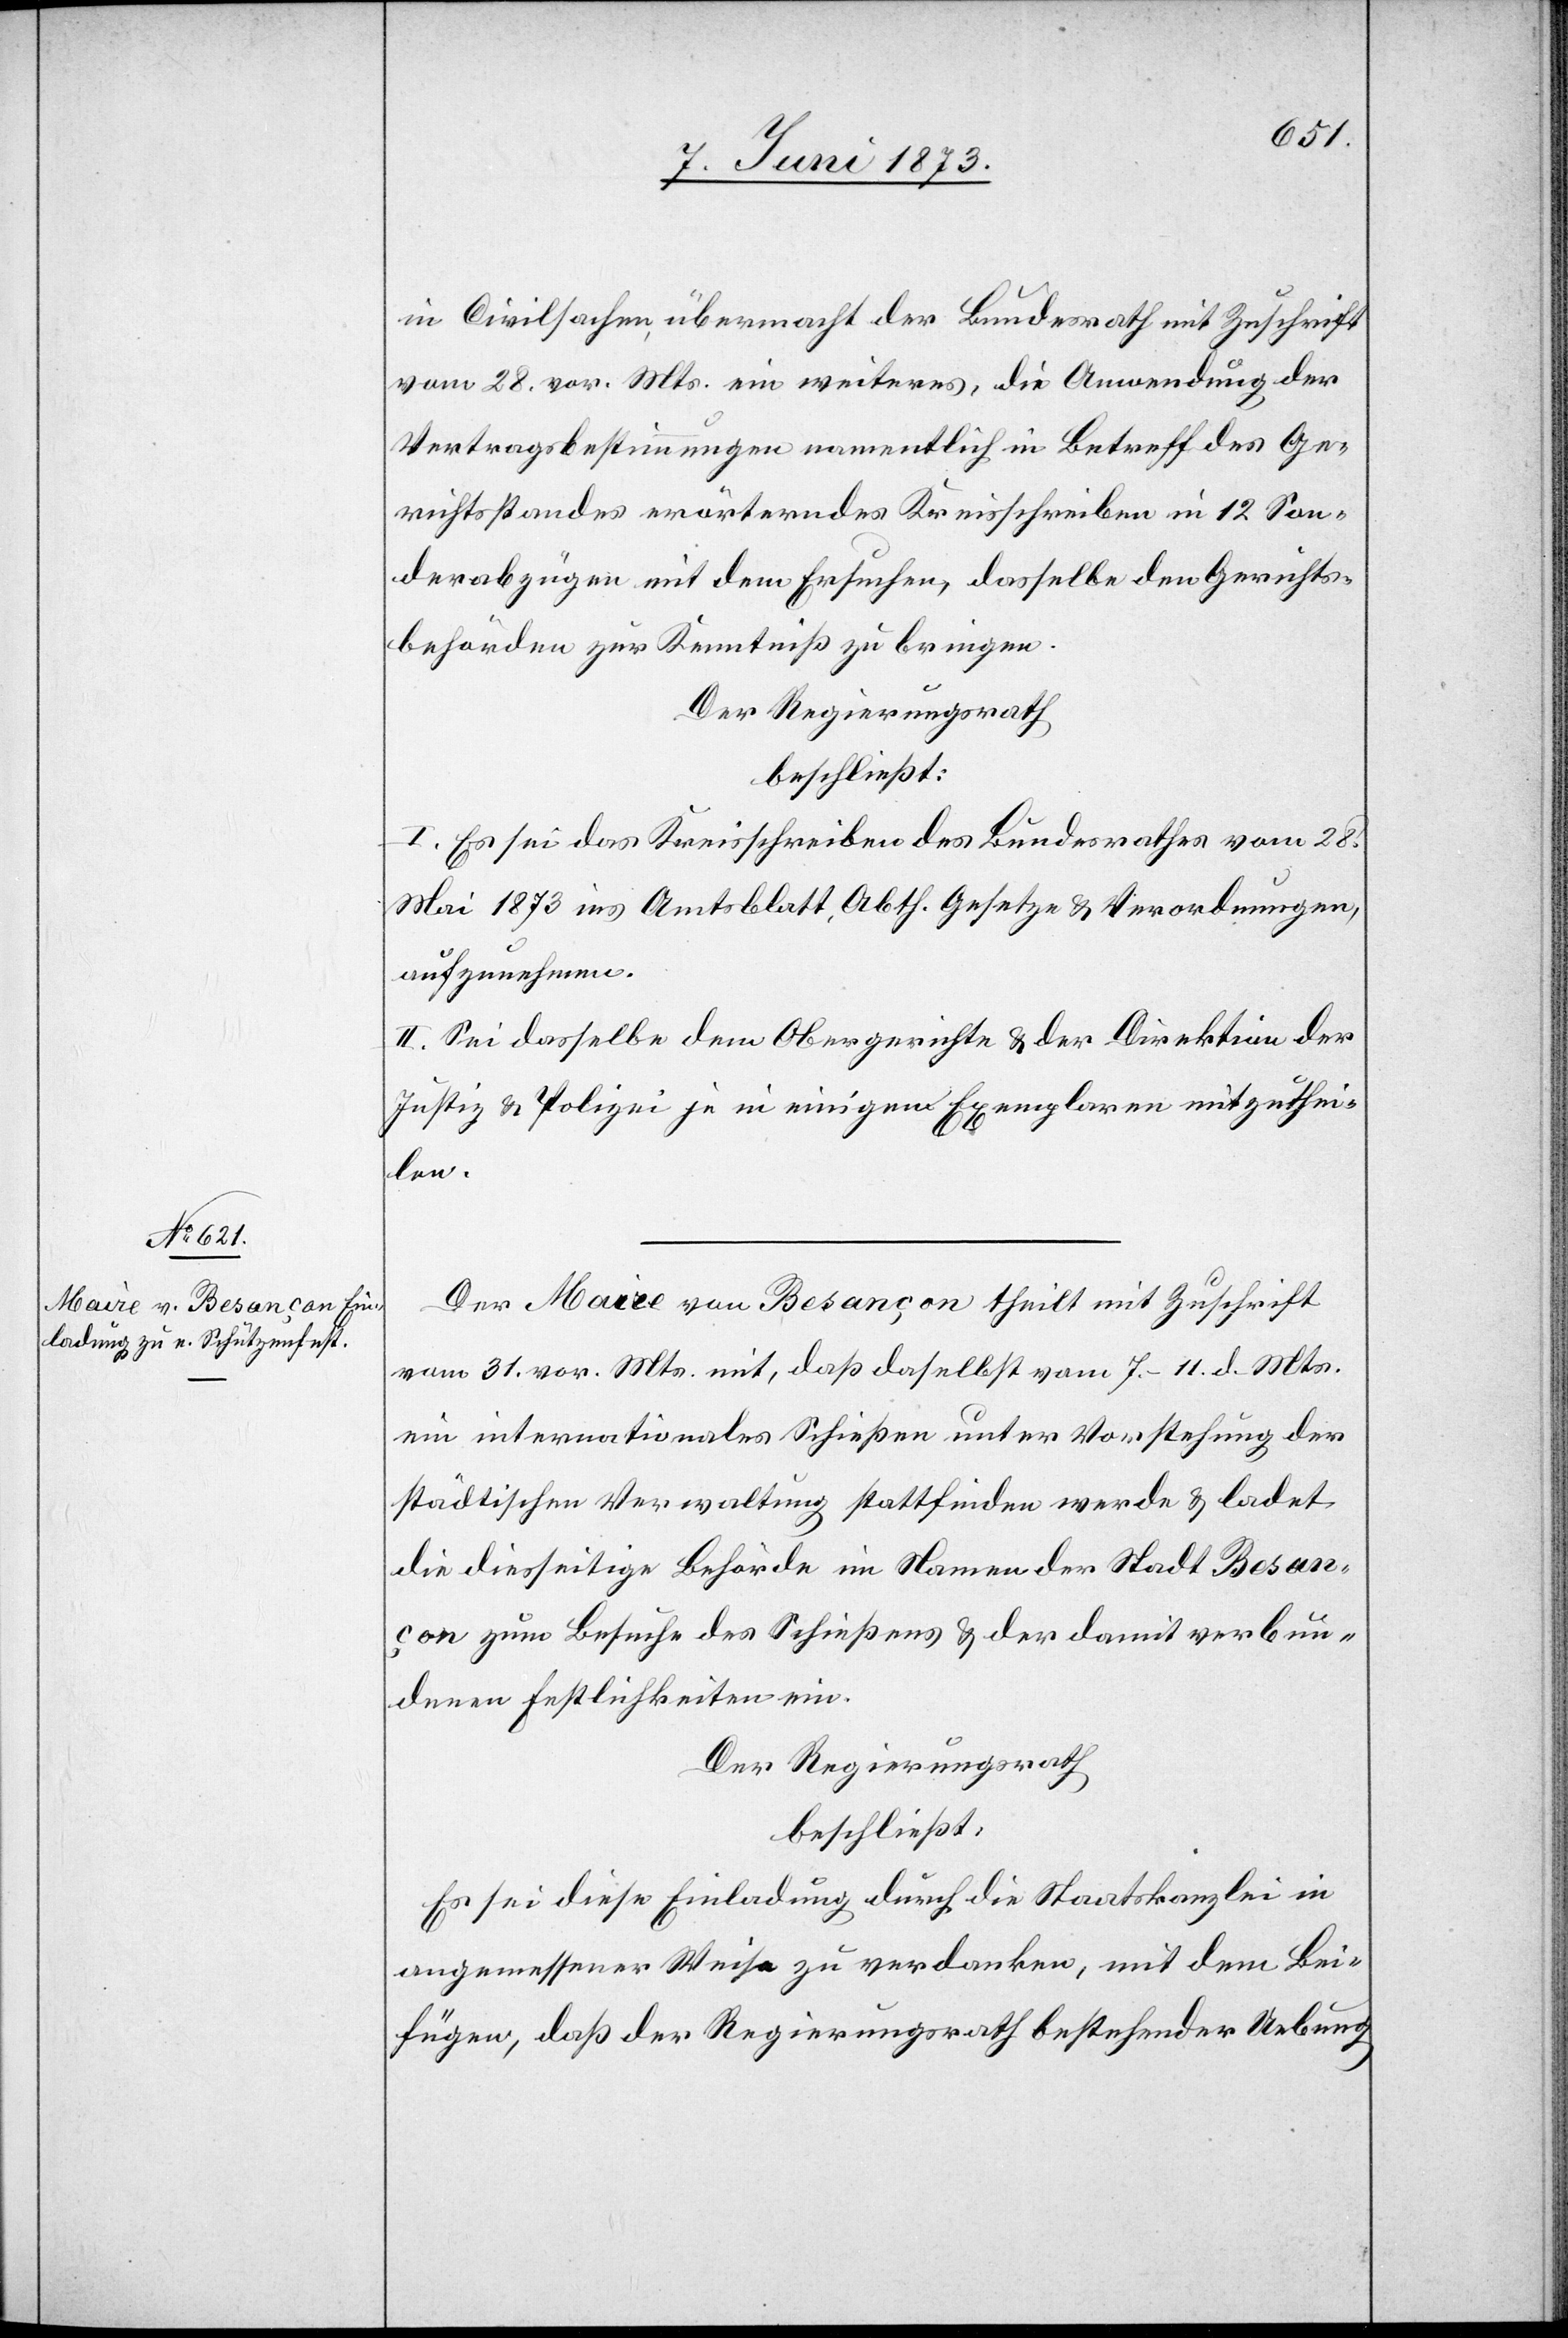
in Civilsachen, übermacht der Bundesrath mit Zuschrift
vom 28. vor. Mts. ein weiteres, die Anwendung der
Vertragsbestimmungen namentlich in Betreff des Ge¬
richtsstandes erörterndes Kreisschreiben in 12 Son¬
derabzügen mit dem Ersuchen, dasselbe den Gerichts¬
behörden zur Kenntniß zu bringen.
Der Regierungsrath
beschließt:
I. Es sei das Kreisschreiben des Bundesrathes vom 28.
Mai 1873 ins Amtsblatt, Abth. Gesetze & Verordnungen,
aufzunehmen.
II. Sei dasselbe dem Obergerichte & der Direktion der
Justiz & Polizei je in einigen Exemplaren mitzuthei¬
len.
Der Maire von Besançon theilt mit Zuschrift
vom 31. vor. Mts. mit, daß daselbst vom 7.–11. d. Mts.
ein internationales Schießen unter Vorstehung der
städtischen Verwaltung stattfinden werde & ladet
die diesseitige Behörde im Namen der Stadt Besan¬
çon zum Besuche des Schießens & der damit verbun¬
denen Festlichkeiten ein.
Der Regierungsrath
beschließt:
Es sei diese Einladung durch die Staatskanzlei in
angemessener Weise zu verdanken, mit dem Bei¬
fügen, daß der Regierungsrath bestehender Uebung